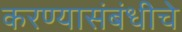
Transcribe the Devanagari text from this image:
करण्यासंबंधीचे